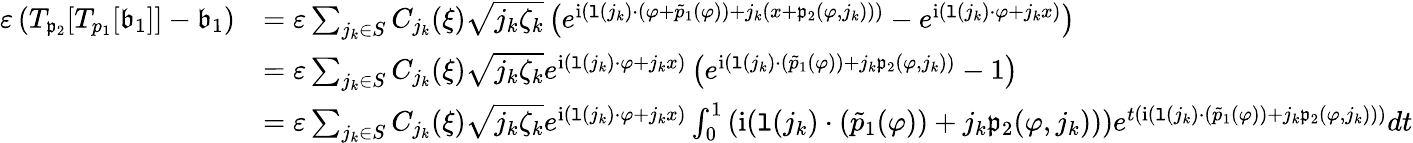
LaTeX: \begin{array}{rl}{\varepsilon\left(T_{\mathfrak{p}_{2}}[T_{p_{1}}[\mathfrak{b}_{1}]]-\mathfrak{b}_{1}\right)}&{=\varepsilon\sum_{j_{k}\in S}C_{j_{k}}(\xi)\sqrt{j_{k}\zeta_{k}}\left(e^{\mathrm{i}(\mathtt{l}(j_{k})\cdot(\varphi+\tilde{p}_{1}(\varphi))+j_{k}(x+\mathfrak{p}_{2}(\varphi,j_{k})))}-e^{\mathrm{i}(\mathtt{l}(j_{k})\cdot\varphi+j_{k}x)}\right)}\\ &{=\varepsilon\sum_{j_{k}\in S}C_{j_{k}}(\xi)\sqrt{j_{k}\zeta_{k}}e^{\mathrm{i}(\mathtt{l}(j_{k})\cdot\varphi+j_{k}x)}\left(e^{\mathrm{i}(\mathtt{l}(j_{k})\cdot(\tilde{p}_{1}(\varphi))+j_{k}\mathfrak{p}_{2}(\varphi,j_{k}))}-1\right)}\\ &{=\varepsilon\sum_{j_{k}\in S}C_{j_{k}}(\xi)\sqrt{j_{k}\zeta_{k}}e^{\mathrm{i}(\mathtt{l}(j_{k})\cdot\varphi+j_{k}x)}\int_{0}^{1}\left(\mathrm{i}(\mathtt{l}(j_{k})\cdot(\tilde{p}_{1}(\varphi))+j_{k}\mathfrak{p}_{2}(\varphi,j_{k}))\right)e^{t\left(\mathrm{i}(\mathtt{l}(j_{k})\cdot(\tilde{p}_{1}(\varphi))+j_{k}\mathfrak{p}_{2}(\varphi,j_{k}))\right)}dt}\end{array}